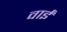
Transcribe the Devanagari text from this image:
वाईं